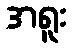
အရူး